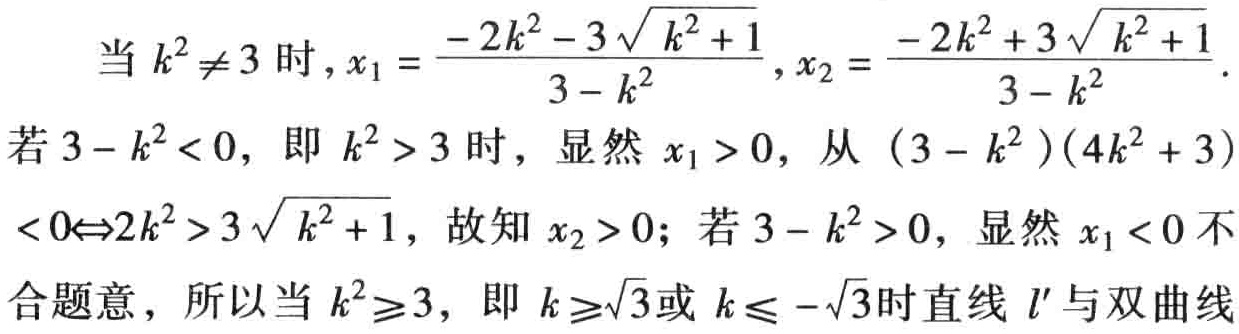
当 \(k^{2}\neq 3\) 时，\(x_{1}=\frac{-2k^{2}-3\sqrt{k^{2}+1}}{3 - k^{2}},x_{2}=\frac{-2k^{2}+3\sqrt{k^{2}+1}}{3 - k^{2}}\)。

若 \(3 - k^{2}<0\)，即 \(k^{2}>3\) 时，显然 \(x_{1}>0\)，从 \((3 - k^{2})(4k^{2}+3)<0\Leftrightarrow 2k^{2}>3\sqrt{k^{2}+1}\)，故知 \(x_{2}>0\)；若 \(3 - k^{2}>0\)，显然 \(x_{1}<0\) 不合题意，所以当 \(k^{2}\geq3\)，即 \(k\geq\sqrt{3}\) 或 \(k\leq -\sqrt{3}\) 时直线 \(l'\) 与双曲线